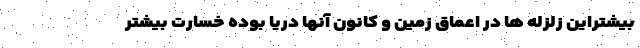
بیشتراین زلزله ها در اعماق زمین و کانون آنها دریا بوده خسارت بیشتر